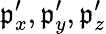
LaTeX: \mathfrak{p}_{x}^{\prime},\mathfrak{p}_{y}^{\prime},\mathfrak{p}_{z}^{\prime}